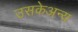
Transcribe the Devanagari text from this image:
उसकेअन्य